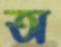
অ